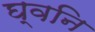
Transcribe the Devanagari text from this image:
घ्वनि